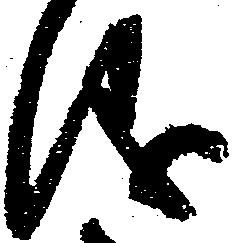
儀